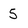
Character: 5